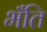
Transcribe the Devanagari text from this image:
भँति